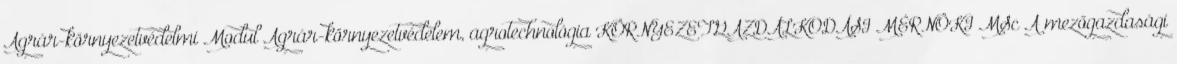
Agrár-környezetvédelmi Modul Agrár-környezetvédelem, agrotechnológia KÖRNYEZETGAZDÁLKODÁSI MÉRNÖKI MSc A mezőgazdasági